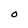
Character: O